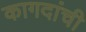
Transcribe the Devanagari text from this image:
कागदांची